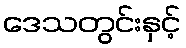
ဒေသတွင်းနှင့်